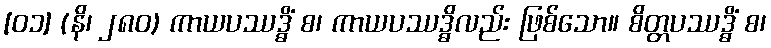
[၀၁] (နိ၊ ၂၈၀) ကာယပဿဒ္ဓိံ စ၊ ကာယပဿဒ္ဓိလည်း ဖြစ်သော။ စိတ္တပဿဒ္ဓိံ စ၊